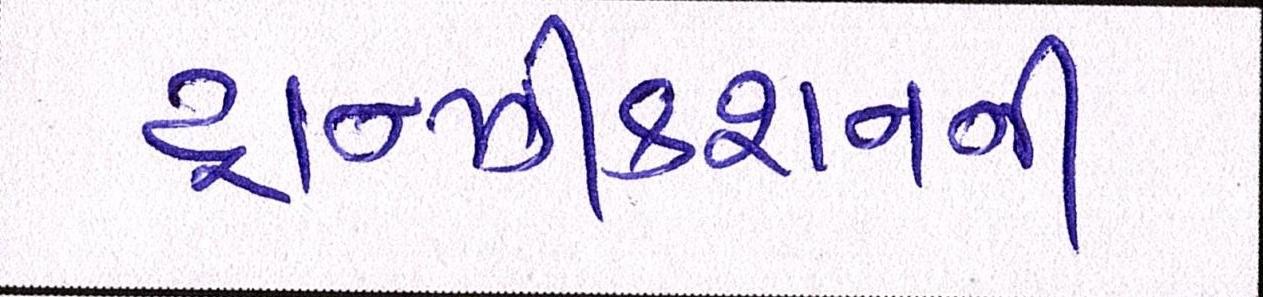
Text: ટ્રાન્ઝીકશનની